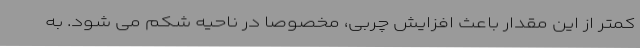
کمتر از این مقدار باعث افزایش چربی، مخصوصا در ناحیه شکم می شود. به